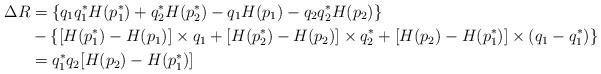
LaTeX: \begin{align*}\Delta R&= \left\{q_1q_1^* H(p_1^*)+q_2^* H(p_2^*)-q_1H(p_1)-q_2q_2^*H(p_2) \right\}\\&-\left\{ [H(p_1^*)-H(p_1)]\times q_1 +[H(p_2^*)-H(p_2)]\times q_2^*+[H(p_2)-H(p_1^*)]\times(q_1- q_1^*)\right\}\\ &=q_1^*q_2[H(p_2)-H(p_1^*)] \end{align*}